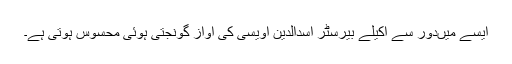
ایسے میںدور سے اکیلے بیرسٹر اسدالدین اویسی کی آواز گونجتی ہوئی محسوس ہوتی ہے۔